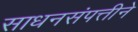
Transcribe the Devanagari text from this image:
साधनसंपत्तीने